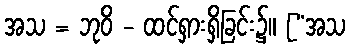
အသ = ဘုဝိ - ထင်ရှားရှိခြင်း၌။ [“အသ